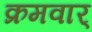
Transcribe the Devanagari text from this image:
क्रमवार्